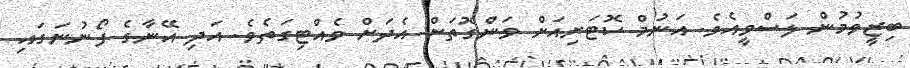
ބިޒީވުމުން ލަސްވީއެވެ. އަނުމް ކޮޓަރިއަށް ވަންގޮތަށް އެދަށް ވެއްޓިގަތެވެ. އަދި އޭނާގެ ފޯނުނަގައި